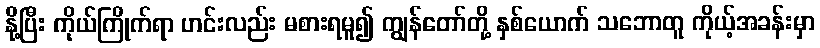
နို့ပြီး ကိုယ်ကြိုက်ရာ ဟင်းလည်း မစားရမူ၍ ကျွန်တော်တို့ နှစ်ယောက် သဘောတူ ကိုယ့်အခန်းမှာ